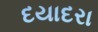
દયાદરા